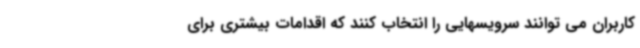
کاربران می توانند سرویسهایی را انتخاب کنند که اقدامات بیشتری برای